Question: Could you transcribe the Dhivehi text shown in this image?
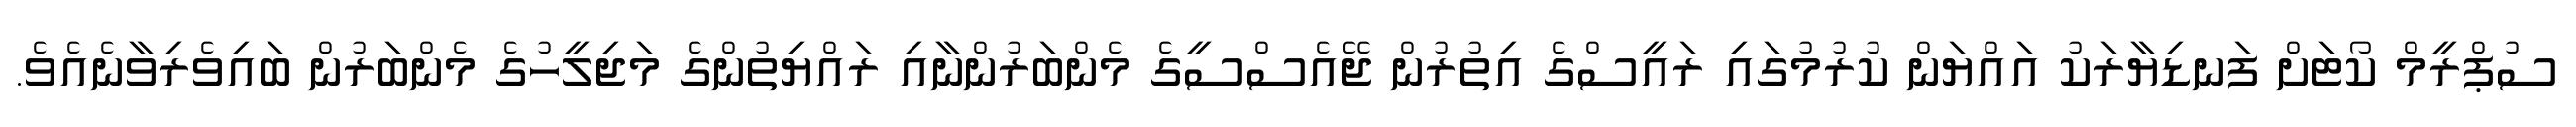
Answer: ސުޕްރީމް ކޯޓަށް ފަނޑިޔާރަކު އައްޔަން ކުރުމުގައި ރައީސްގެ އިތުރުން ޖޭއެސްސީގެ މެންބަރުންނާއި ރައްޔިތުންގެ މަޖިލީހުގެ މެންބަރުން ބައިވެރިވާނެއެވެ.